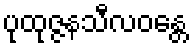
ပုထုဇ္ဇနသီလဝန္တေ